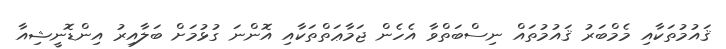
ޤައުމުތަކާއި މެމްބަރު ޤައުމުތައް ނިސްބަތްވާ އެހެން ޖަމާޢަތްތަކާއި އޮންނަ ގުޅުމަށް ބަލާއިރު އިންޑޮނީޝިއާ